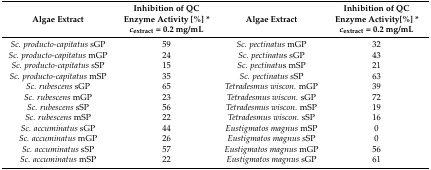
<table><thead><tr><td><b>Algae Extract</b></td><td><b>Inhibition of QC Enzyme Activity [%] *<i>c</i><sub>extract</sub> = 0.2 mg/mL</b></td><td><b>Algae Extract</b></td><td><b>Inhibition of QC Enzyme Activity[%] *<i>c</i><sub>extract</sub> = 0.2 mg/mL</b></td></tr></thead><tbody><tr><td><i>Sc. producto-capitatus</i> sGP</td><td>59</td><td><i>Sc. pectinatus</i> mGP</td><td>32</td></tr><tr><td><i>Sc. producto-capitatus</i> mGP</td><td>24</td><td><i>Sc. pectinatu</i>s sGP</td><td>43</td></tr><tr><td><i>Sc. producto-capitatus</i> sSP</td><td>15</td><td><i>Sc. pectinatu</i>s mSP</td><td>21</td></tr><tr><td><i>Sc. producto-capitatus</i> mSP</td><td>35</td><td><i>Sc. pectinatus</i> sSP</td><td>63</td></tr><tr><td><i>Sc. rubescens</i> sGP</td><td>65</td><td><i>Tetradesmus wiscon.</i> mGP</td><td>39</td></tr><tr><td><i>Sc. rubescens</i> mGP</td><td>23</td><td><i>Tetradesmus wiscon.</i> sGP</td><td>72</td></tr><tr><td><i>Sc. rubescens</i> sSP</td><td>56</td><td><i>Tetradesmus wiscon</i>. mSP</td><td>19</td></tr><tr><td><i>Sc. rubescens</i> mSP</td><td>22</td><td><i>Tetradesmus wiscon.</i> sSP</td><td>16</td></tr><tr><td><i>Sc. accuminatus</i> sGP</td><td>44</td><td><i>Eustigmatos magnus</i> mSP</td><td>0</td></tr><tr><td><i>Sc. accuminatus</i> mGP</td><td>26</td><td><i>Eustigmatos magnus</i> sSP</td><td>0</td></tr><tr><td><i>Sc. accuminatus</i> sSP</td><td>57</td><td><i>Eustigmatos magnus</i> mGP</td><td>56</td></tr><tr><td><i>Sc. accuminatus</i> mSP</td><td>22</td><td><i>Eustigmatos magnus</i> sGP</td><td>61</td></tr></tbody></table>